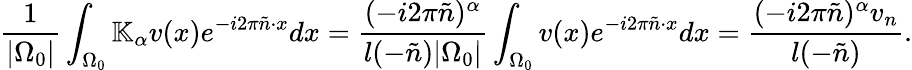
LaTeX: \frac{1}{|{\Omega_{0}}|}\int_{{\Omega_{0}}}\mathbb{K}_{\alpha}v(x)e^{-i2\pi\tilde{n}\cdot x}dx=\frac{(-i2\pi\tilde{n})^{\alpha}}{{l(-\tilde{n})}|{\Omega_{0}}|}\int_{{\Omega_{0}}}v(x)e^{-i2\pi\tilde{n}\cdot x}dx=\frac{(-i2\pi\tilde{n})^{\alpha}v_{n}}{{l(-\tilde{n})}}.